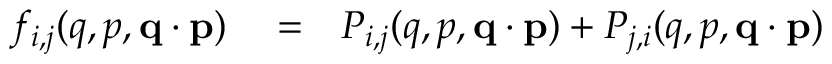
\begin{array} { r l r } { f _ { i , j } ( q , p , \ensuremath { \mathbf { q } } \cdot \ensuremath { \mathbf { p } } ) } & { { } = } & { P _ { i , j } ( q , p , \ensuremath { \mathbf { q } } \cdot \ensuremath { \mathbf { p } } ) + P _ { j , i } ( q , p , \ensuremath { \mathbf { q } } \cdot \ensuremath { \mathbf { p } } ) } \end{array}